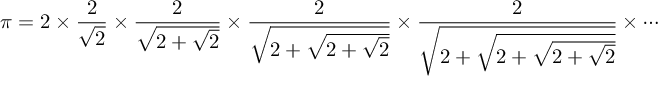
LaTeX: \pi = 2 \times { \frac { 2 } { \sqrt { 2 } } } \times { \frac { 2 } { \sqrt { 2 + { \sqrt { 2 } } } } } \times { \frac { 2 } { \sqrt { 2 + { \sqrt { 2 + { \sqrt { 2 } } } } } } } \times { \frac { 2 } { \sqrt { 2 + { \sqrt { 2 + { \sqrt { 2 + { \sqrt { 2 } } } } } } } } } \times \cdots